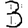
Digit: 3